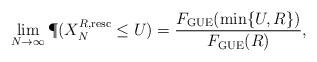
LaTeX: \begin{align*}\lim_{N\to\infty} \P(X_N^{R,{\rm resc}}\leq U)=\frac{F_{\rm GUE}(\min\{U,R\})}{F_{\rm GUE}(R)},\end{align*}